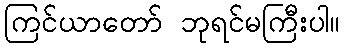
ကြင်ယာတော် ဘုရင်မကြီးပါ။